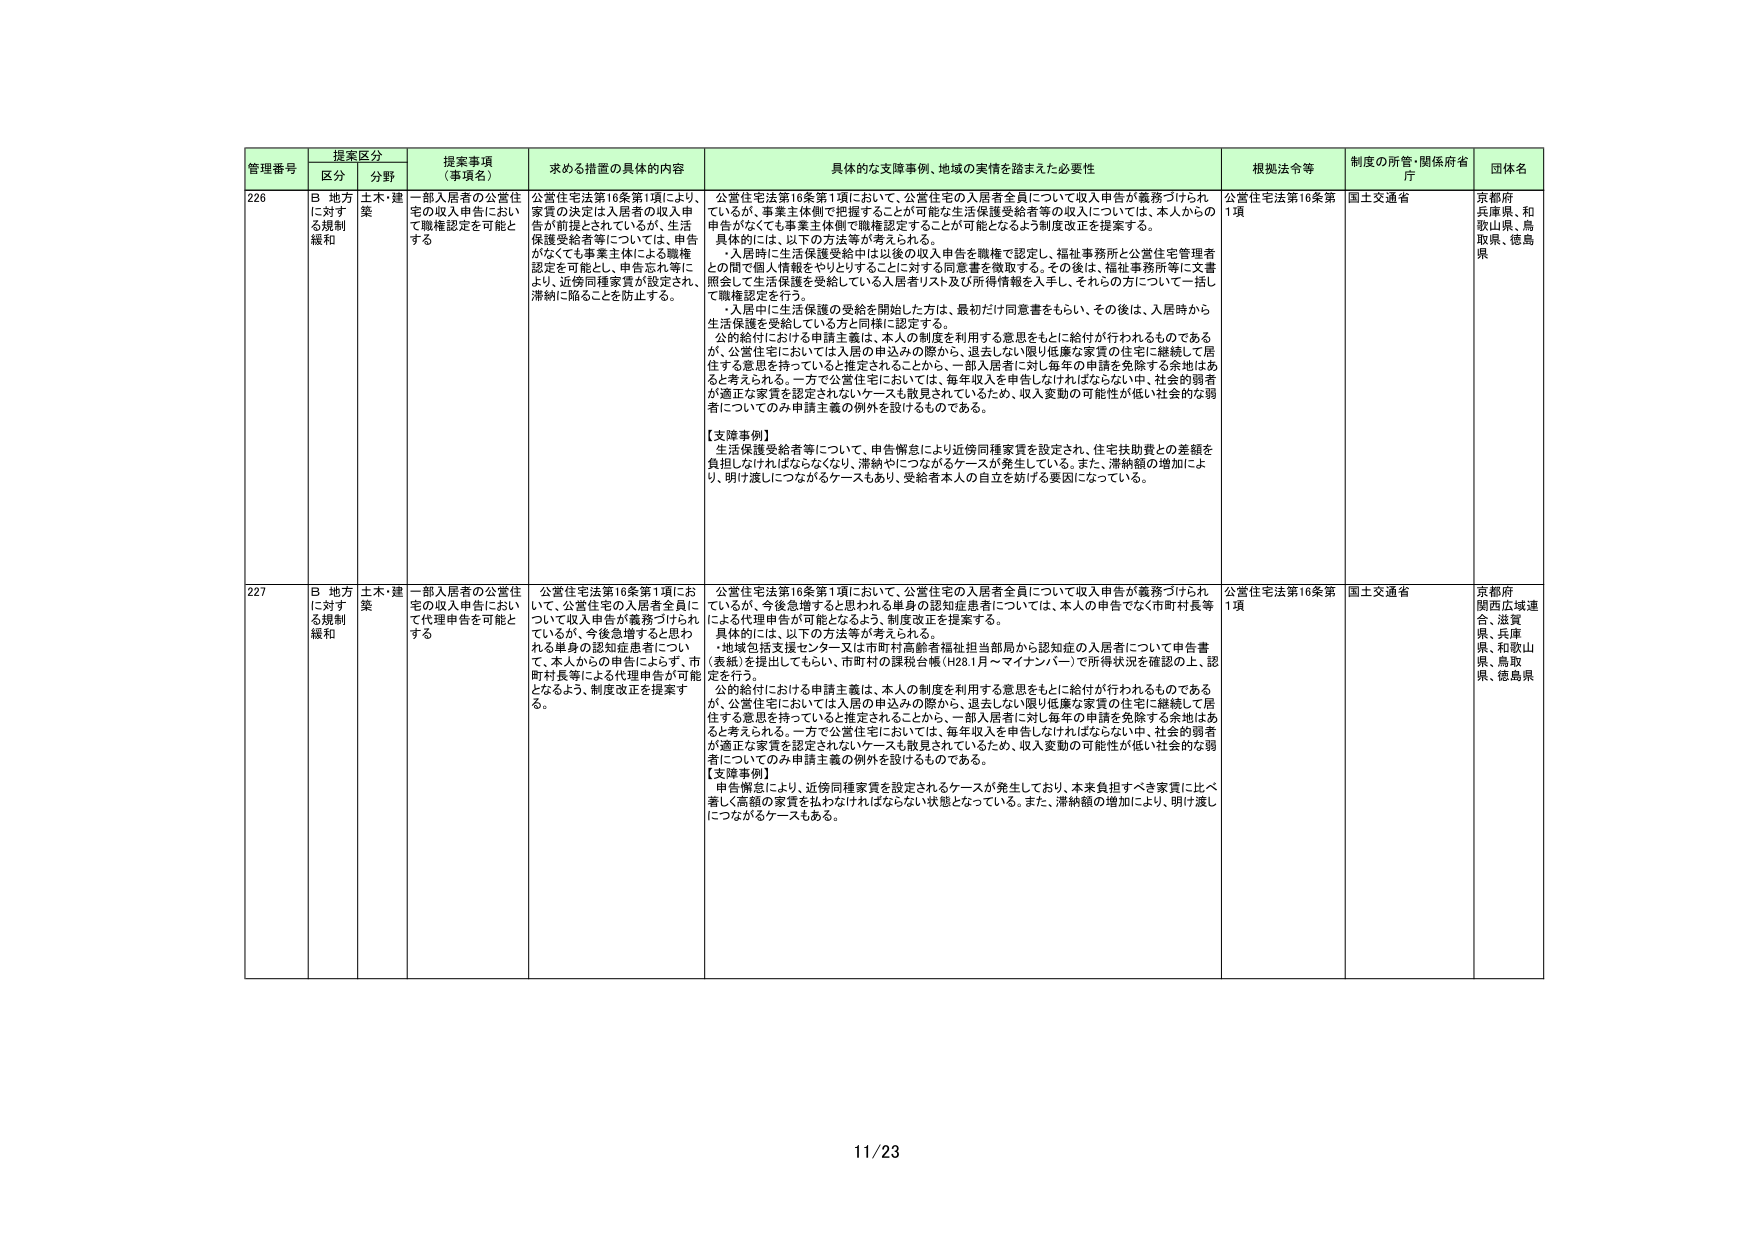
管理番号 提案区分 提案事項（事項名） 求める措置の具体的内容 具体的な支援事例、地域の実情を踏まえた必要性 根拠法令等 制度の所管・関係府省庁 団体名
区分 分野
226 B 地方に対する規制緩和 土木・建築 一部入居者の公営住宅の収入申告において職権認定を可能とする 公営住宅法第16条第1項により、家賃の決定は入居者の収入申告が前提とされているが、生活保護受給者等については、申告がなくても事業主体による職権認定を可能とし、申告忘れ等により、近傍同種家賃が設定され、滞納に陥ることを防止する。 公営住宅法第16条第1項において、公営住宅の入居者全員について収入申告が義務づけられているが、事業主体側で把握することが可能な生活保護受給者等の収入については、本人からの申告がなくても事業主体側で職権認定することが可能となるよう制度改正を提案する。 具体的には、以下の方法等が考えられる。 ・入居時に生活保護受給中は以後の収入申告を職権で認定し、福祉事務所と公営住宅管理者との間で個人情報をやりとりすることにする同意書を徴収する。その後は、福祉事務所等に文書照会して生活保護を受給している入居者リスト及び所得情報を入手し、それらの方について一括して職権認定を行う。 ・入居中に生活保護の受給を開始した方は、最初だけ同意書をもらい、その後は、入居時から生活保護を受給している方と同様に認定する。 公的給付における申請主義は、本人の制度を利用する意思をもとに給付が行われるものであるが、公営住宅においては入居の申込みの際から、退去しない限り低廉な家賃の住宅に継続して居住する意思を持っていると推定されることから、一部入居者に対し毎年の申請を免除する余地はあると考えられる。一方で公営住宅においては、毎年収入を申告しなければならない中、社会的弱者が適正な家賃を認定されないケースも散見されているため、収入変動の可能性が低い社会的な弱者についてのみ申請主義の例外を設けるものである。 【支援事例】 生活保護受給者等について、申告懈怠により近傍同種家賃を設定され、住宅扶助費との差額を負担しなければならなくなり、滞納につながるケースが発生している。また、滞納額の増加により、明け渡しにつながるケースもあり、受給者本人の自立を妨げる要因になっている。 公営住宅法第16条第1項 国土交通省 京都府 兵庫県、和歌山県、鳥取県、徳島県
227 B 地方に対する規制緩和 土木・建築 一部入居者の公営住宅の収入申告において代理申告を可能とする 公営住宅法第16条第1項において、公営住宅の入居者全員について収入申告が義務づけられているが、今後急増するとと思われる単身の認知症患者については、本人からの申告によらず、市町村長等による代理申告が可能となるよう、制度改正を提案する。 公営住宅法第16条第1項において、公営住宅の入居者全員について収入申告が義務づけられているが、今後急増するとと思われる単身の認知症患者については、本人の申告でなく市町村長等による代理申告が可能となるよう、制度改正を提案する。 具体的には、以下の方法等が考えられる。 ・地域包括支援センター又は市町村高齢者福祉担当部局から認知症の入居者について申告書（素紙）を提出してもらい、市町村の課税台帳（H281月～マイナンバー）で所得状況を確認の上、認定を行う。 公的給付における申請主義は、本人の制度を利用する意思をもとに給付が行われるものであるが、公営住宅においては入居の申込みの際から、退去しない限り低廉な家賃の住宅に継続して居住する意思を持っていると推定されることから、一部入居者に対し毎年の申請を免除する余地はあると考えられる。一方で公営住宅においては、毎年収入を申告しなければならない中、社会的弱者が適正な家賃を認定されないケースも散見されているため、収入変動の可能性が低い社会的な弱者についてのみ申請主義の例外を設けるものである。 【支援事例】 申告懈怠により、近傍同種家賃を設定されるケースが発生しており、本来負担すべき家賃に比べ著しく高額の家賃を払わなければならない状態となっている。また、滞納額の増加により、明け渡しにつながるケースもある。 公営住宅法第16条第1項 国土交通省 京都府 関西広域連合、滋賀県、兵庫県、和歌山県、鳥取県、徳島県
11/23